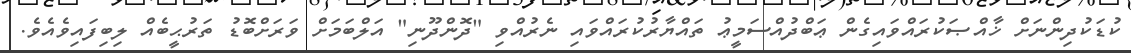
ކުޑަކުދިންނަށް ޚާއްޞަކުރައްވައިގެން ޢަބްދުއްސަމީޢު ތައްޔާރުކުރައްވައި ނެރުއްވި "ދޮންދޫނި" އަލްބަމަށް ވަރަށްބޮޑު ތަރުޙީބެއް ލިބިފައިވެއެވެ.